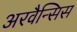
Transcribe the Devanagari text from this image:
अरवैन्सिस